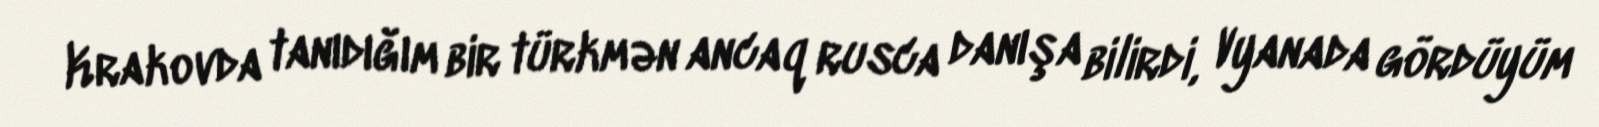
Krakovda tanıdığım bir türkmən ancaq rusca danışa bilirdi, Vyanada gördüyüm